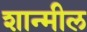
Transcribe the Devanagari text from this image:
शान्मील